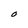
Character: O